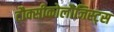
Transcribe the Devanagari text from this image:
टौक्सीकोलौजिस्ट्स